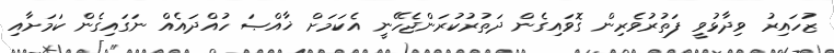
ޒުހައިރު ވިދާޅުވީ ފަތުރުވެރިން ގޮވައިގެން ދަތުރުކުރަންޖެހޭނީ އެކަމަށް ޚާއްޞަ ހުއްދައެއް ނަގައިގެން ކަމަށާއި